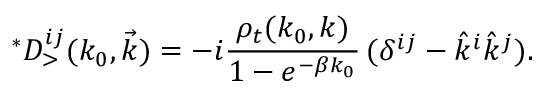
^ { * } D _ { > } ^ { i j } ( k _ { 0 } , \vec { k } ) = - i { \frac { \rho _ { t } ( k _ { 0 } , k ) } { 1 - e ^ { - \beta k _ { 0 } } } } \, ( \delta ^ { i j } - \hat { k } ^ { i } \hat { k } ^ { j } ) .